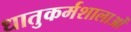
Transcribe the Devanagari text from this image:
धातुकर्मशालाओं